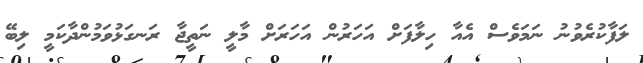
ލަފާކުރެވުނު ނަމަވެސް އެއާ ހިލާފަށް އަހަރުން އަހަރަށް މާލީ ނަތީޖާ ރަނގަޅުވަމުންދާކަމީ ލިބޭ